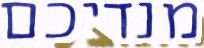
מנדיכם